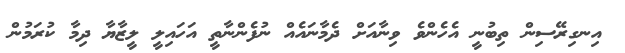
އިނގިރޭސިން ތިބުނީ އެހެންވެ ވިނާއަށް ދެމާނައެއް ނުފެންނާތީ އަހައިލީ ލީޒާޔާ ދިމާ ކުރަމުން